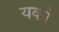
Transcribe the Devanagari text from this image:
यको